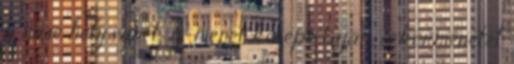
a mise helyszínét. A menet közepe táján, a körmenetet